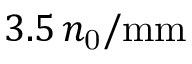
3 . 5 \, n _ { \mathrm { 0 } } / \mathrm { m m }